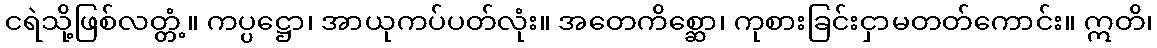
ငရဲသို့ဖြစ်လတ္တံ့။ ကပ္ပဋ္ဌော၊ အာယုကပ်ပတ်လုံး။ အတေကိစ္ဆော၊ ကုစားခြင်းငှာမတတ်ကောင်း။ ဣတိ၊